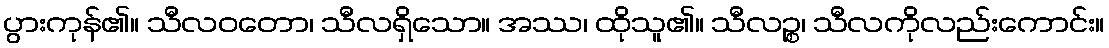
ပွားကုန်၏။ သီလဝတော၊ သီလရှိသော။ အဿ၊ ထိုသူ၏။ သီလဉ္စ၊ သီလကိုလည်းကောင်း။